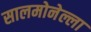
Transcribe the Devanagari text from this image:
सालमोनेल्ला